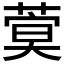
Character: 𦶺